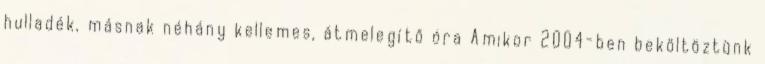
hulladék, másnak néhány kellemes, átmelegítő óra Amikor 2004-ben beköltöztünk